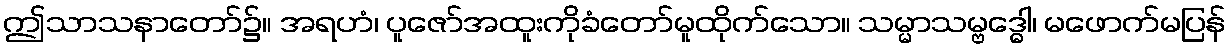
ဤသာသနာတော်၌။ အရဟံ၊ ပူဇော်အထူးကိုခံတော်မူထိုက်သော။ သမ္မာသမ္ဗဒ္ဓေါ၊ မဖောက်မပြန်